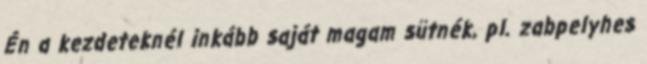
Én a kezdeteknél inkább saját magam sütnék, pl. zabpelyhes